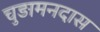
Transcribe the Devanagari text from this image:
चुड़ामनदास